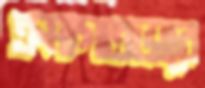
ক্রমাগতভাবে